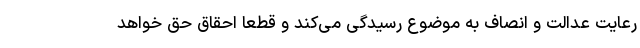
رعایت عدالت و انصاف به موضوع رسیدگی می‌کند و قطعاً احقاق حق خواهد